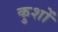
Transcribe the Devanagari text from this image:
कुशों